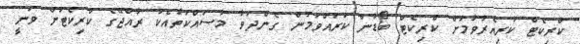
ކްރިކެޓް ކުރިއެރުވުމަށް ކްރިކެޓް ބޯޑުން ކުރައްވަމުން ގެންދަވާ މަސައްކަތާއެކު ރާއްޖޭގެ ކްރިކެޓަށް ވަނީ